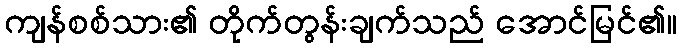
ကျန်စစ်သား၏ တိုက်တွန်းချက်သည် အောင်မြင်၏။